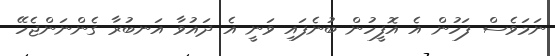
ނަމަވެސް ފަހުން އެ އޮފީހުން ބުނެފައި ވަނީ އެ ދައުވާ އަނބުރާ ގެންނަންޖެހޭ